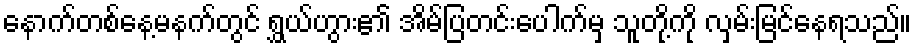
နောက်တစ်နေ့မနက်တွင် ရွှယ်ဟွား၏ အိမ်ပြတင်းပေါက်မှ သူတို့ကို လှမ်းမြင်နေရသည်။